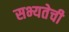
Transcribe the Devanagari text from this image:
सभ्यतेची